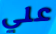
علي